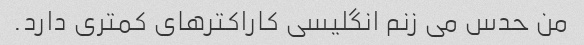
من حدس می زنم انگلیسی کاراکترهای کمتری دارد.